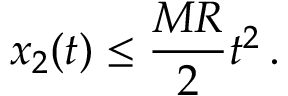
x _ { 2 } ( t ) \leq \frac { M R } { 2 } t ^ { 2 } \, .